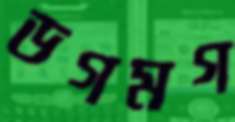
ডগমগ